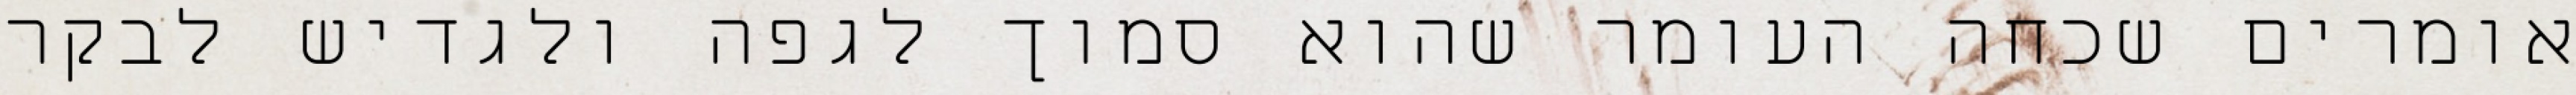
אומרים שכחה העומר שהוא סמוך לגפה ולגדיש לבקר